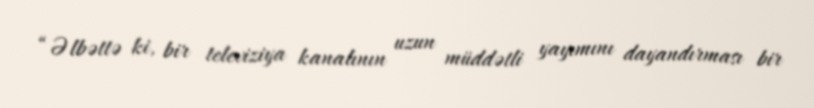
“Əlbəttə ki, bir televiziya kanalının uzun müddətli yayımını dayandırması bir